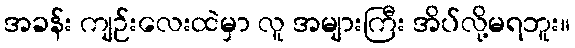
အခန်း ကျဉ်းလေးထဲမှာ လူ အများကြီး အိပ်လို့မရဘူး။